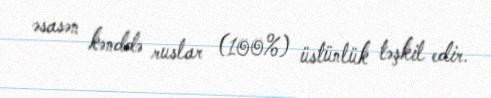
əsasən kənddə ruslar (100%) üstünlük təşkil edir.